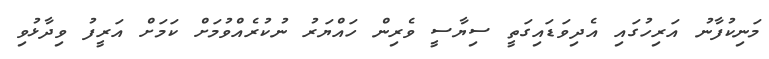
މަނިކުފާނު އަރިހުގައި އެދިވަޑައިގަތީ ސިޔާސީ ވެރިން ހައްޔަރު ނުކުރެއްވުމަށް ކަމަށް އަރީފު ވިދާޅުވި